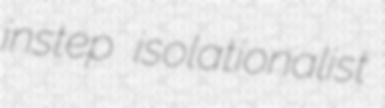
instep isolationalist